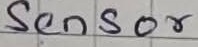
Text: Sensor